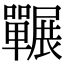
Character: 囅